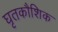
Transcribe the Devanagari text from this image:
घृतकौशिक